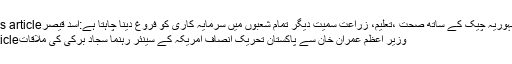
Previous articleپاکستان جمہوریہ چیک کے ساتھ صحت ،تعلیم، زراعت سمیت دیگر تمام شعبوں میں سرمایہ کاری کو فروغ دینا چاہتا ہے:اسد قیصر
Next articleوزیر اعظم عمران خان سے پاکستان تحریک انصاف امریکہ کے سینئر رہنما سجاد برکی کی ملاقات